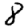
Digit: 8